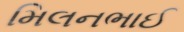
મિલનભાઈ